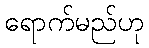
ရောက်မည်ဟု